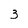
Character: 3